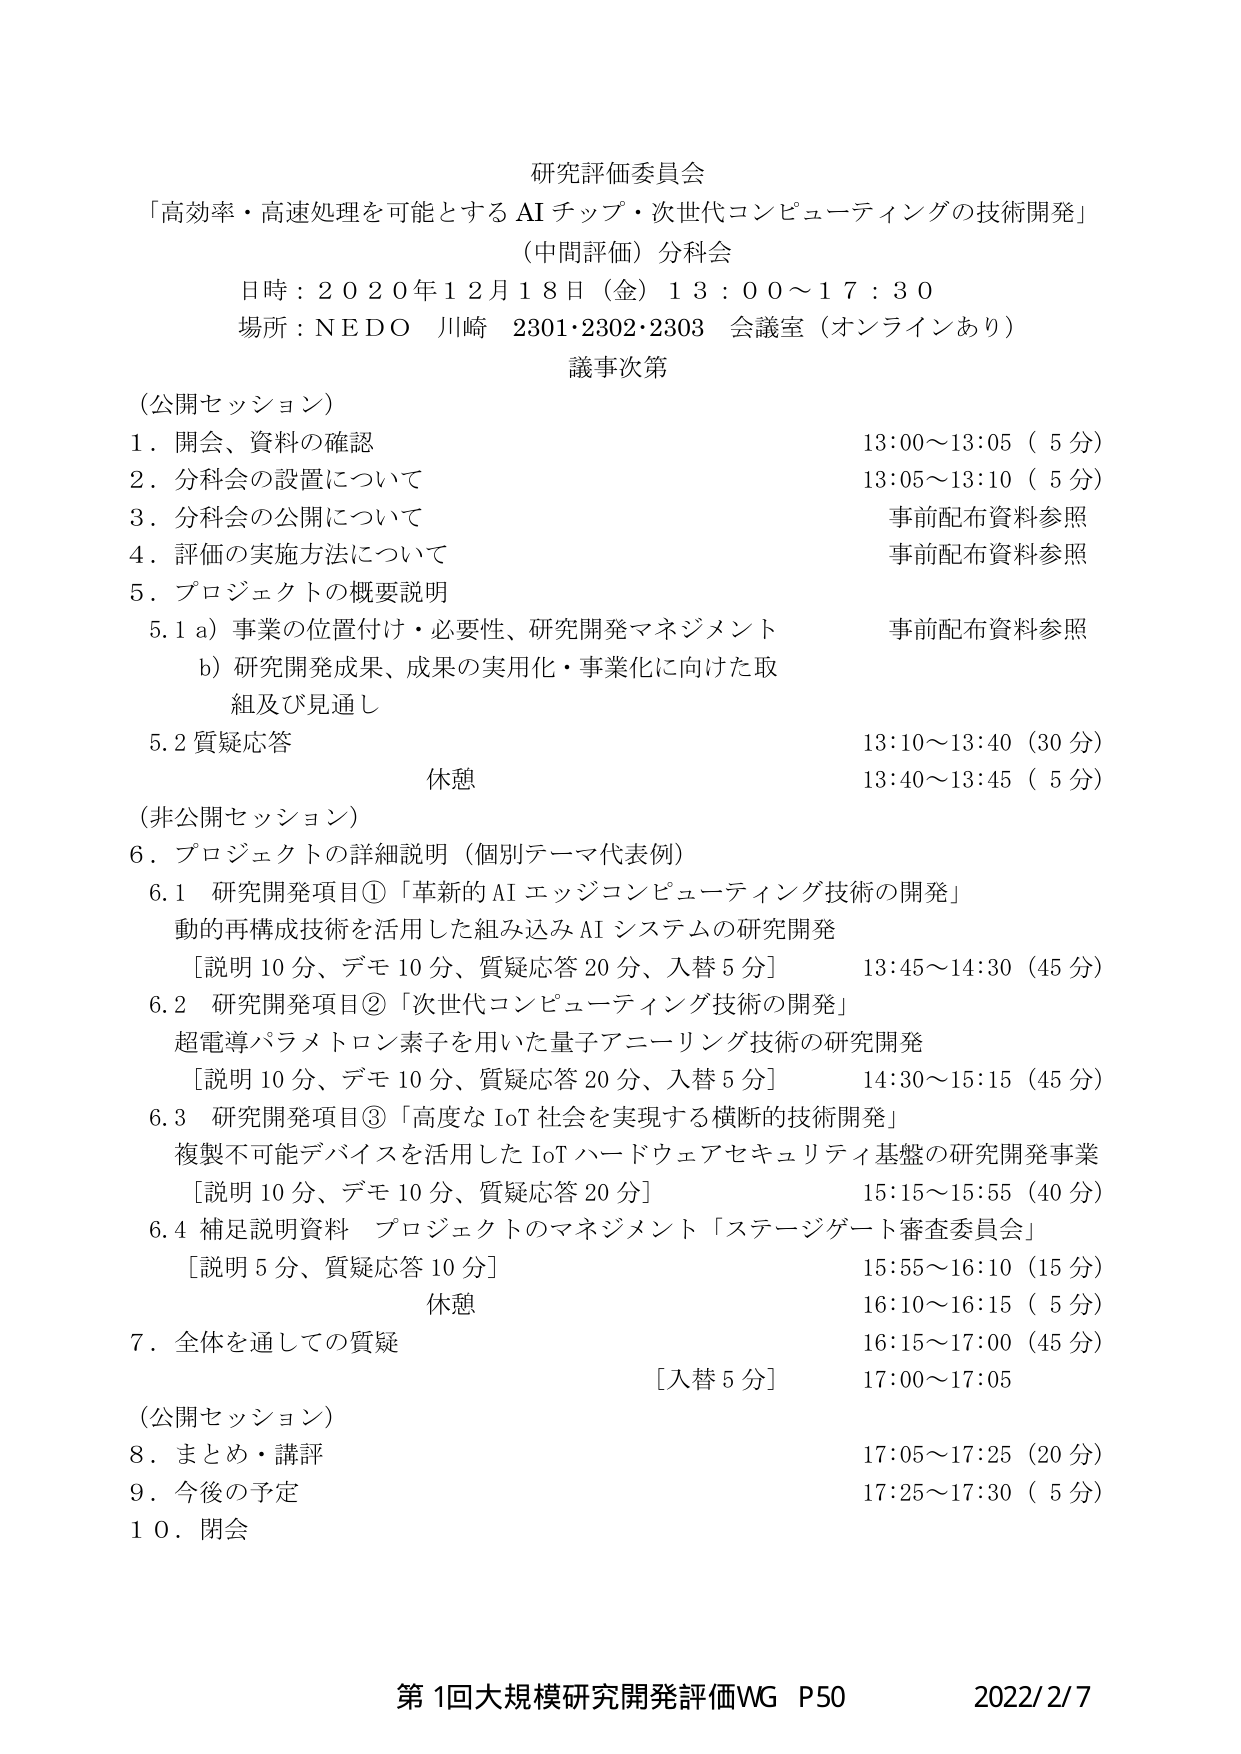
研究評価委員会
「高効率・高速処理を可能とする AI チップ・次世代コンピューティングの技術開発」
（中間評価）分科会
日時：2020年12月18日（金）13:00～17:30
場所：NEDO 川崎 2301・2302・2303 会議室（オンラインあり）
議事次第

（公開セッション）
1．開会、資料の確認 13:00～13:05（5分）
2．分科会の設置について 13:05～13:10（5分）
3．分科会の公開について 事前配布資料参照
4．評価の実施方法について 事前配布資料参照
5．プロジェクトの概要説明
　5.1 a）事業の位置付け・必要性、研究開発マネジメント 事前配布資料参照
　　b）研究開発成果、成果の実用化・事業化に向けた取組及び見通し
　5.2 質疑応答 13:10～13:40（30分）
　　休憩 13:40～13:45（5分）

（非公開セッション）
6．プロジェクトの詳細説明（個別テーマ代表例）
　6.1 研究開発項目①「革新的AIエッジコンピューティング技術の開発」
　　動的再構成技術を活用した組み込みAIシステムの研究開発
　　［説明10分、デモ10分、質疑応答20分、入替5分］ 13:45～14:30（45分）
　6.2 研究開発項目②「次世代コンピューティング技術の開発」
　　超電導パラメトロン素子を用いた量子アニーリング技術の研究開発
　　［説明10分、デモ10分、質疑応答20分、入替5分］ 14:30～15:15（45分）
　6.3 研究開発項目③「高度なIoT社会を実現する横断的技術開発」
　　複製不可能デバイスを活用したIoTハードウェアセキュリティ基盤の研究開発事業
　　［説明10分、デモ10分、質疑応答20分］ 15:15～15:55（40分）
　6.4 補足説明資料 プロジェクトのマネジメント「ステージゲート審査委員会」
　　［説明5分、質疑応答10分］ 15:55～16:10（15分）
　　休憩 16:10～16:15（5分）
7．全体を通しての質疑 16:15～17:00（45分）
　　［入替5分］ 17:00～17:05

（公開セッション）
8．まとめ・講評 17:05～17:25（20分）
9．今後の予定 17:25～17:30（5分）
10．閉会

第1回大規模研究開発評価WG P50 2022/2/7